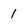
Character: 1